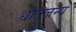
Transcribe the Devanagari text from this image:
धातुजन्य